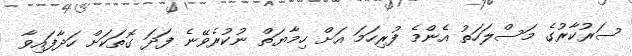
ސަރުކާރުގެ މަސްލަހަތު އެންމެ ފުރިހަމަ އަށް ހިމާޔަތް ނުކުރެވޭނެ ފަދަ ގޮތަކަށް ހަދާފައިވާ